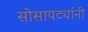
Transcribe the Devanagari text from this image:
सोसायट्यांनी